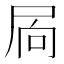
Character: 𭕜